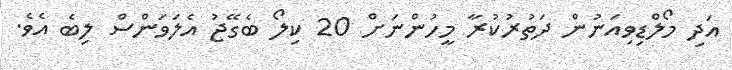
އަދި މޯލްޑިވިއަނުން ދަތުރުކުރާ މީހުންނަށް 20 ކިލޯ ބެގޭޖު އެލަވަންސް ލިބެ އެވެ.